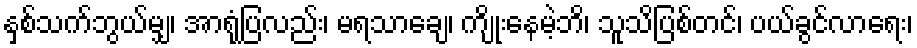
နှစ်သက်ဘွယ်မျှ၊ အာရုံပြလည်း၊ မရသာချေ၊ ကျိုးနေမဲ့ဘိ၊ သူသိပြစ်တင်၊ ပယ်ခွင်လာရေး၊